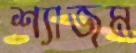
শ্যাজম